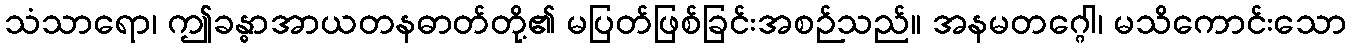
သံသာရော၊ ဤခန္ဓာအာယတနဓာတ်တို့၏ မပြတ်ဖြစ်ခြင်းအစဉ်သည်။ အနမတဂ္ဂေါ၊ မသိကောင်းသော